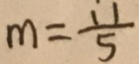
m = \frac { 1 1 } { 5 }